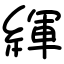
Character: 緷